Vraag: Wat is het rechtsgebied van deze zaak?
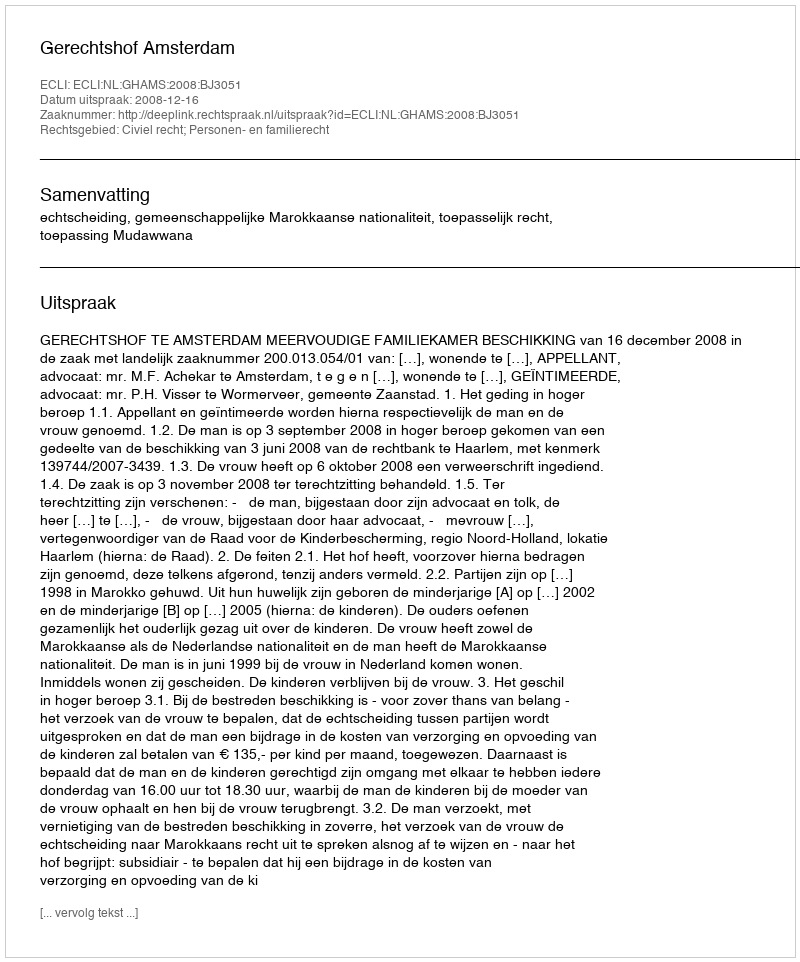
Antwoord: Civiel recht; Personen- en familierecht